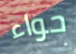
حواء